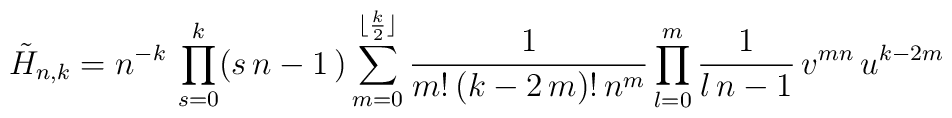
\tilde{H}_{n,k}=n^{-k}\,\prod_{s=0}^{k}(s\,n-1\,)\sum_{m=0}^{\lfloor\frac{k}{2}\rfloor}\frac{1}{m!\,(k-2\,m)!\,n^{m}}\prod_{l=0}^{m}{1\over l\,n -1}\,v^{mn}\,u^{k-2m}